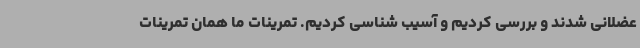
عضلانی شدند و بررسی کردیم و آسیب شناسی کردیم. تمرینات ما همان تمرینات